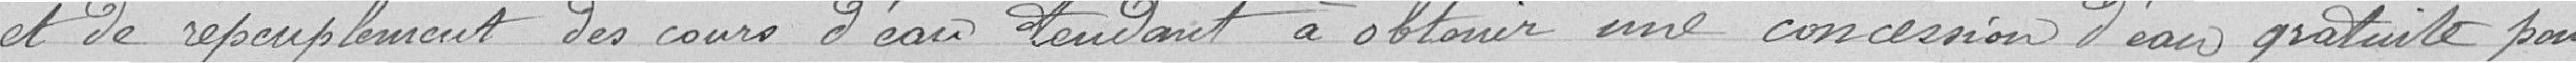
et de repeuplement des cours d'eau tendant à obtenir une concession d'eau gratuite pour